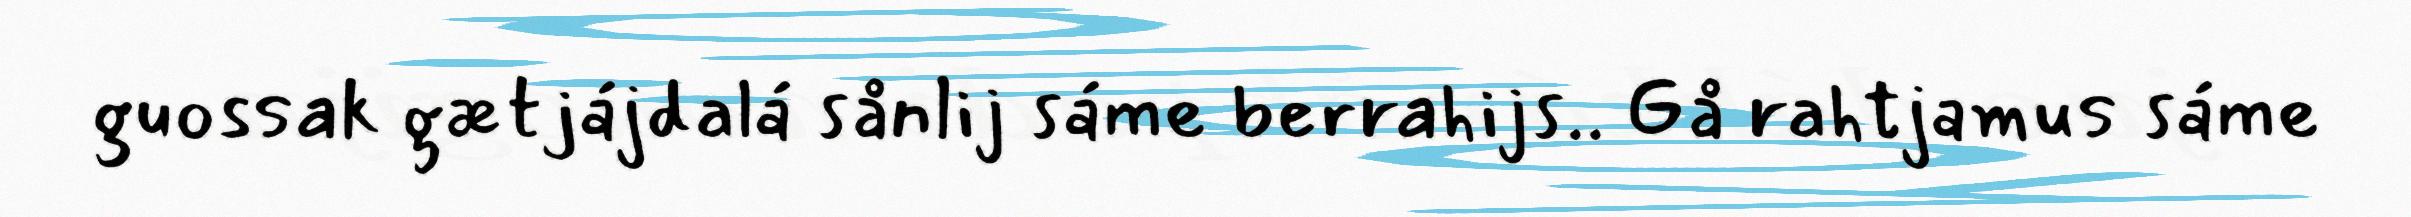
guossak gætjájdalá sånlij sáme berrahijs.. Gå rahtjamus sáme